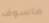
ماسوف